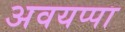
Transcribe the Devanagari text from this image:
अवयप्पा